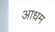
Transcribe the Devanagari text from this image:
आधम